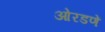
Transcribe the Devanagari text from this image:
ओरडणें